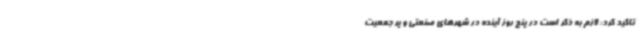
تاکید کرد: لازم به ذکر است در پنج روز آینده در شهرهای صنعتی و پر جمعیت